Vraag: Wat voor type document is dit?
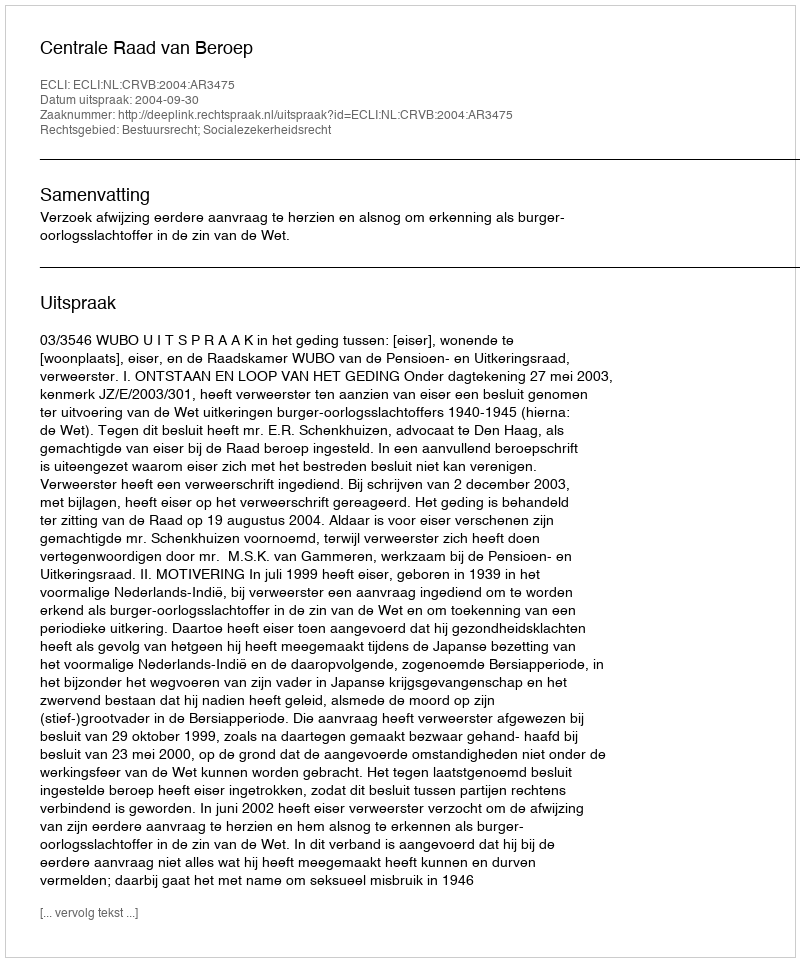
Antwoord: Uitspraak